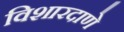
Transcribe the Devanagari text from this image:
विशारदाणे